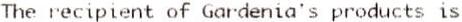
THE RECIPIENT OF GARDENIA'S PRODUCTS IS